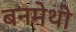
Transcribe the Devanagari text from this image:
बनमेथी